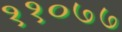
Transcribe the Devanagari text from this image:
११०७७